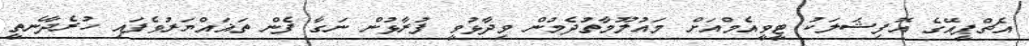
އެޗްޕީއޭގެ އޮފިޝަލަކު ޓީވީއެމްއަށް މައުލޫމާތުދެމުން ވިދާޅުވީ ފުރާޅުން ނަގާ ފެން ތަޣައްޔަރުވެފައި ހުރެދާނެތީ